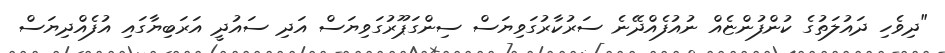
"ދިވެހި ދައުލަތުގެ ކުންފުންޏެއް ނުއުފެއްދޭނެ ސަރުކާރުގަވިޔަސް ސިންގަޕޫރުގަވިޔަސް އަދި ސައުދީ އަރަބިޔާގައި އުފެއްދިޔަސް